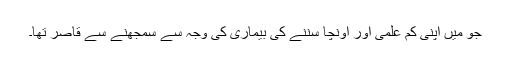
جو میں اپنی کم علمی اور اونچا سننے کی بیماری کی وجہ سے سمجھنے سے قاصر تھا۔